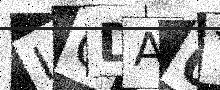
Text: IQDA0Y